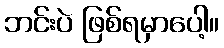
ဘင်းပဲ ဖြစ်ရမှာပေါ့။